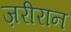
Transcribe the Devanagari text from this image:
ज़रीरान